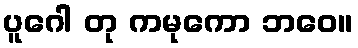
ပူဂေါ တု ကမုကော ဘဝေ။